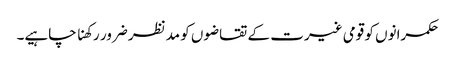
حکمرانوں کو قومی غیرت کے تقاضوں کو مدنظر ضرور رکھنا چاہیے۔